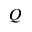
Q